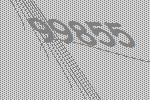
99855